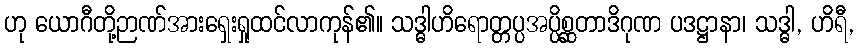
ဟု ယောဂီတို့ဉာဏ်အားရှေးရှုထင်လာကုန်၏။ သဒ္ဓါဟိရောတ္တပ္ပအပ္ပိစ္ဆတာဒိဂုဏ ပဒဋ္ဌာနာ၊ သဒ္ဓါ, ဟိရီ,